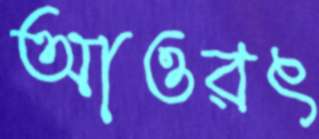
আওরৎ